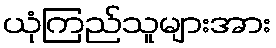
ယုံကြည်သူများအား